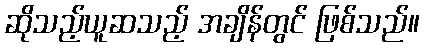
ဆိုသည့်ယူဆသည့် အချိန်တွင် ဖြစ်သည်။